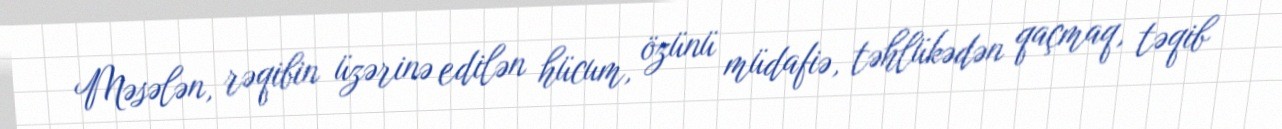
Məsələn, rəqibin üzərinə edilən hücum, özünü müdafiə, təhlükədən qaçmaq, təqib